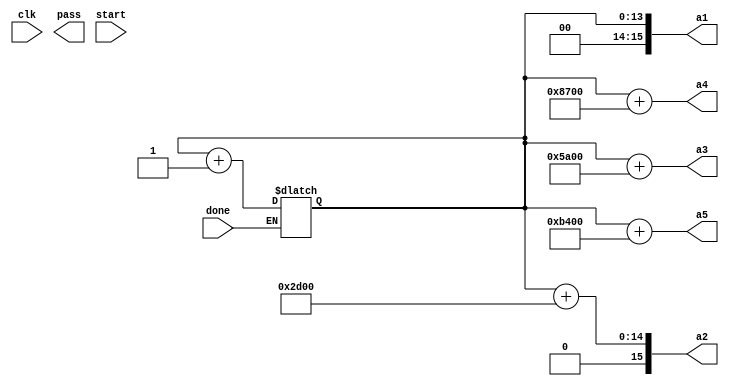
`timescale 1ns / 1ps
//////////////////////////////////////////////////////////////////////////////////
// Company: 
// Engineer: 
// 
// Design Name: 
// Module Name: conv_counter
// Project Name: 
// Target Devices: 
// Tool Versions: 
// Description: 
// 
// Dependencies: 
// 
// Revision:
// Revision 0.01 - File Created
// Additional Comments:
// 
//////////////////////////////////////////////////////////////////////////////////


module conv_counter(clk,done,pass,start,
                    a1,a2,a3,a4,a5);

    input clk;
    input done;
    input start;
    
    output reg pass;
    output [15:0] a1;
    output [15:0] a2;
    output [15:0] a3;
    output [15:0] a4;
    output [15:0] a5;
    
    reg [13:0] address;
    reg [2:0] count;
    
    assign a1 = address;
    assign a2 = address+11520;
    assign a3 = address+23040;
    assign a4 = address+34560;
    assign a5 = address+46080;
    
    initial begin 
        address <= 14'b00_0000_0000_0000;
        end

    
    always @ (start) begin
        if (done) 
            address <= address + 14'b00_0000_0000_0001;
        else
            address <= address;
        end
    /*
    always @ (posedge clk) begin
        if (reset)
            address <= 14'b00_0000_0000_0000;
        else if (address > 11519)
            address <= 14'b00_0000_0000_0000;
        else if (start)
            address <= address + 14'b00_0000_0000_0001;
        else 
            address <= address;
        end*/
    
endmodule